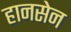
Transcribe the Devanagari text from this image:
हानसेन